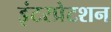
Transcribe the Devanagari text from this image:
इंटरप्रेटशन